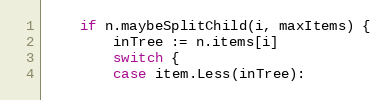
Language: Go
	if n.maybeSplitChild(i, maxItems) {
		inTree := n.items[i]
		switch {
		case item.Less(inTree):